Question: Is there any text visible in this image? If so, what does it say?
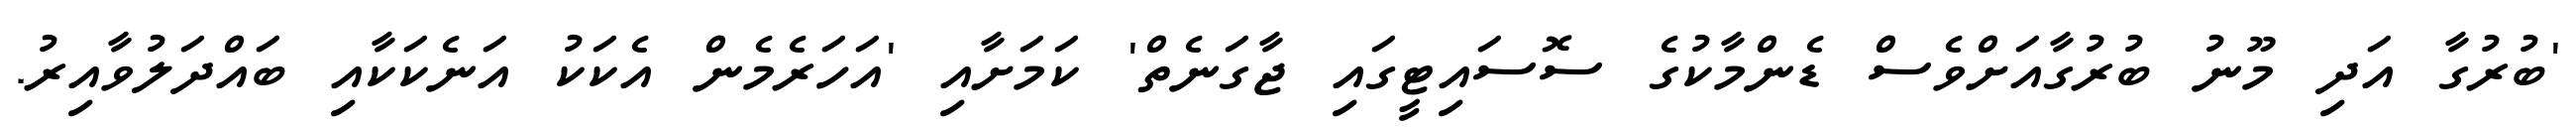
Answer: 'ބުރުގާ އަދި މޫނު ބުރުގާއަށްވެސް ޑެންމާކުގެ ސޮސައިޓީގައި ޖާގަނެތް' ކަމަށާއި 'އަހަރެމެން އެކަކު އަނެކަކާއި ބައްދަލުވާއިރު.